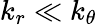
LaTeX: k_{r}\ll k_{\theta}